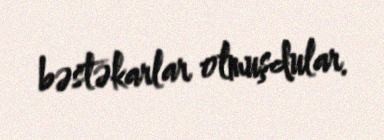
bəstəkarlar olmuşdular.